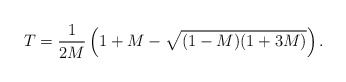
\begin{align*}T=\frac{1}{2M}\left(1+M-\sqrt{(1-M)(1+3M)}\right).\end{align*}